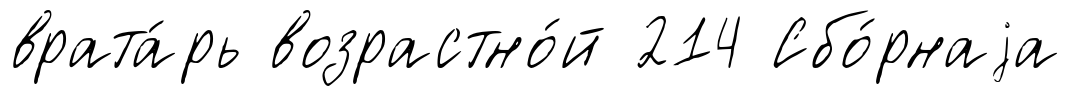
врата́рь возрастно́й 214 Сбо́рнаjа